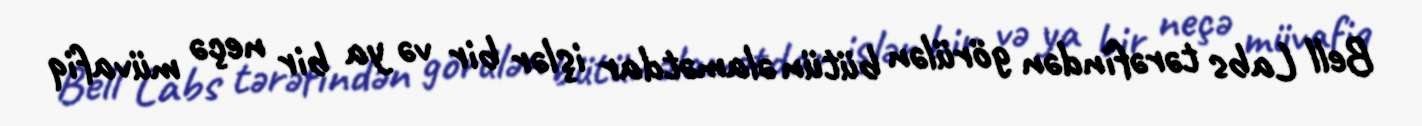
Bell Labs tərəfindən görülən bütün əlamətdar işlər bir və ya bir neçə müvafiq